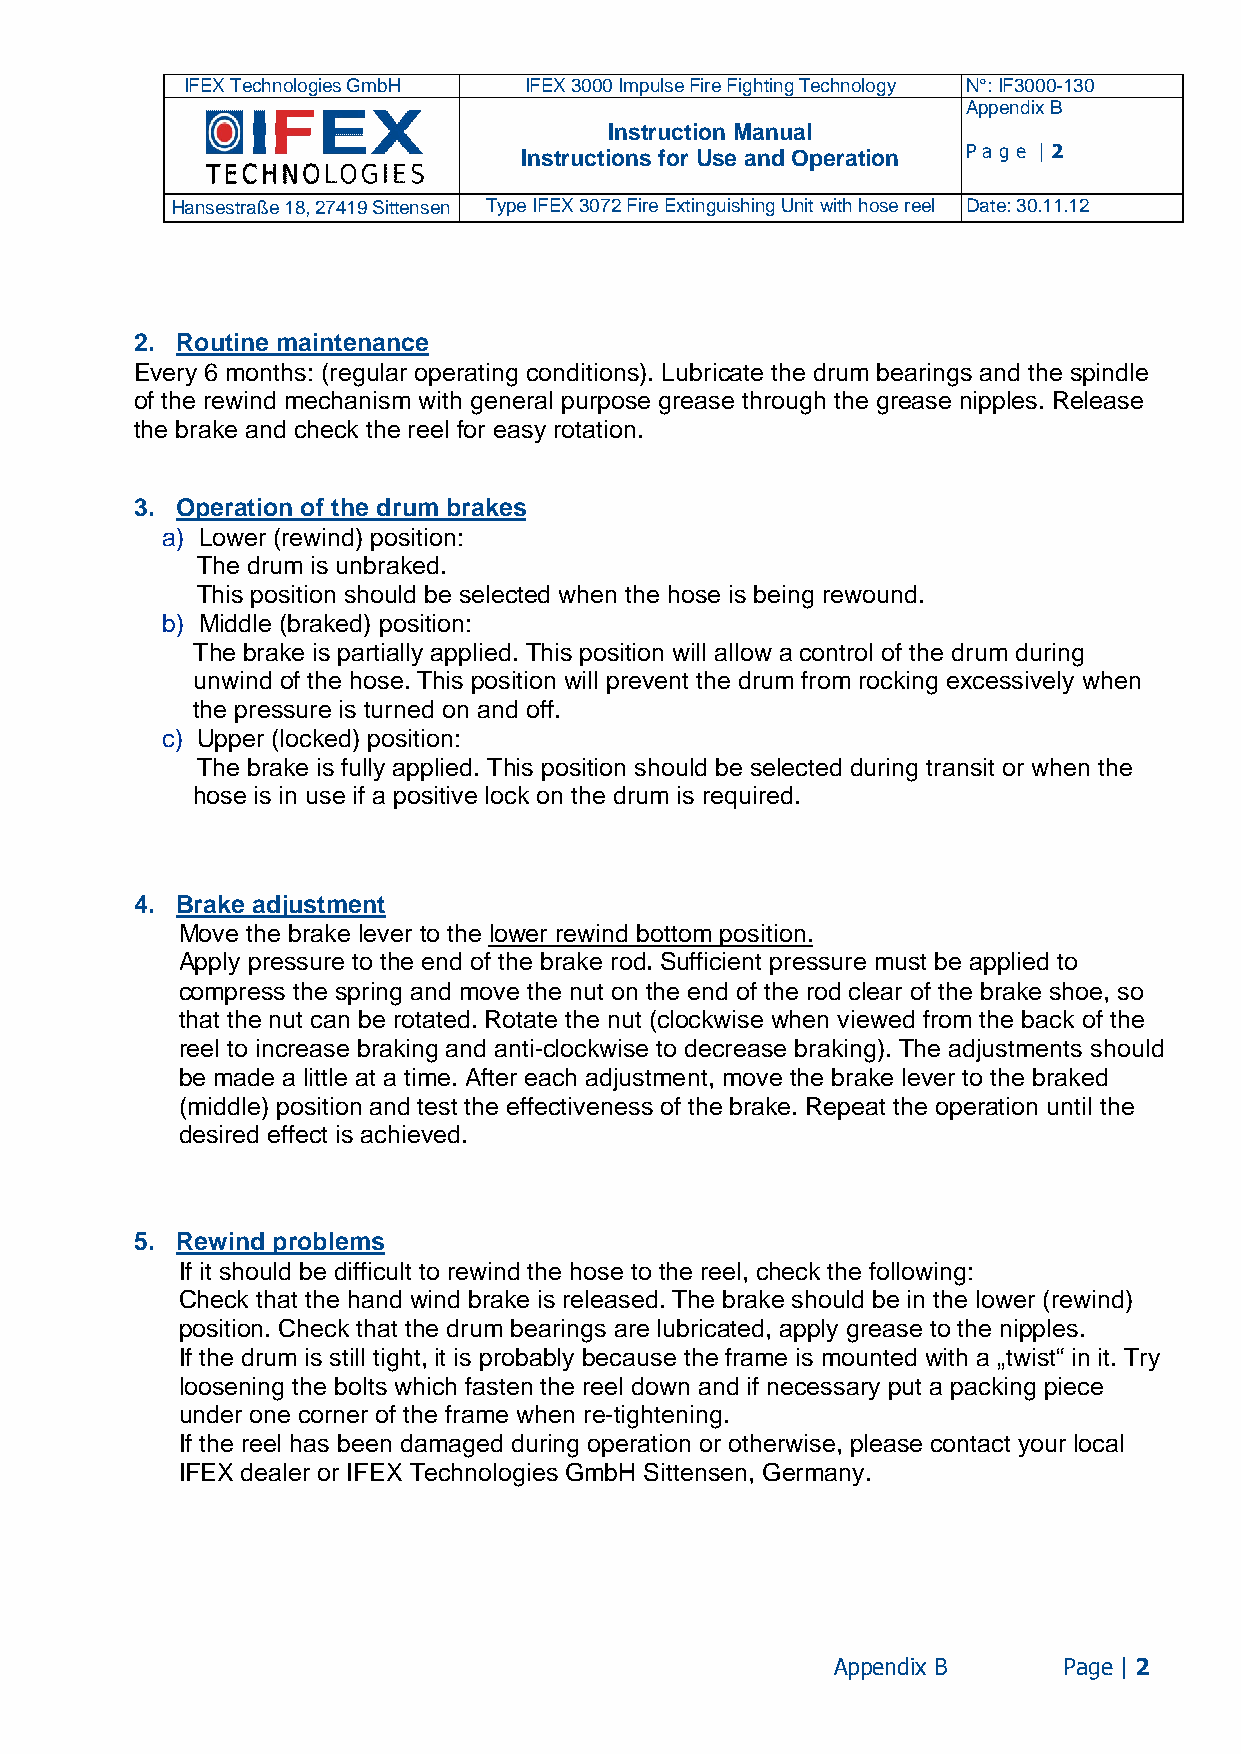
IFEX Technologies GmbH IFEX 3000 Impulse Fire Fighting Technology N°: IF3000-130
 Appendix B
 Instruction Manual
 Instructions for Use and Operation Pa ge | 2
 Hansestraße 18, 27419 Sittensen Type IFEX 3072 Fire Extinguishing Unit with hose reel Date: 30.11.12
 2. Routine maintenance
 Every 6 months: (regular operating conditions). Lubricate the drum bearings and the spindle
 of the rewind mechanism with general purpose grease through the grease nipples. Release
 the brake and check the reel for easy rotation.
 3. Operation of the drum brakes
 a) Lower (rewind) position:
 The drum is unbraked.
 This position should be selected when the hose is being rewound.
 b) Middle (braked) position:
 The brake is partially applied. This position will allow a control of the drum during
 unwind of the hose. This position will prevent the drum from rocking excessively when
 the pressure is turned on and off.
 c) Upper (locked) position:
 The brake is fully applied. This position should be selected during transit or when the
 hose is in use if a positive lock on the drum is required.
 4. Brake adjustment
 Move the brake lever to the lower rewind bottom position.
 Apply pressure to the end of the brake rod. Sufficient pressure must be applied to
 compress the spring and move the nut on the end of the rod clear of the brake shoe, so
 that the nut can be rotated. Rotate the nut (clockwise when viewed from the back of the
 reel to increase braking and anti-clockwise to decrease braking). The adjustments should
 be made a little at a time. After each adjustment, move the brake lever to the braked
 (middle) position and test the effectiveness of the brake. Repeat the operation until the
 desired effect is achieved.
 5. Rewind problems
 If it should be difficult to rewind the hose to the reel, check the following:
 Check that the hand wind brake is released. The brake should be in the lower (rewind)
 position. Check that the drum bearings are lubricated, apply grease to the nipples.
 If the drum is still tight, it is probably because the frame is mounted with a „twist“ in it. Try
 loosening the bolts which fasten the reel down and if necessary put a packing piece
 under one corner of the frame when re-tightening.
 If the reel has been damaged during operation or otherwise, please contact your local
 IFEX dealer or IFEX Technologies GmbH Sittensen, Germany.
 Appendix B     Page | 2